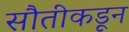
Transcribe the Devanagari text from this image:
सौतीकडून